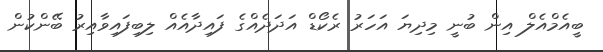
ބީއެމްއެލް އިން ބުނީ މިދިޔަ އަހަރު ރެކޯޑް އަދަދެއްގެ ފައިދާއެއް ލިބިފައިވާއިރު ބޭންކުން